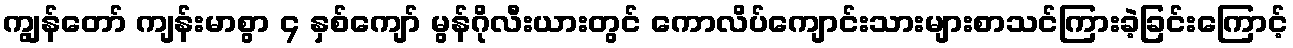
ကျွန်တော် ကျန်းမာစွာ ၄ နှစ်ကျော် မွန်ဂိုလီးယားတွင် ကောလိပ်ကျောင်းသားများစာသင်ကြားခဲ့ခြင်းကြောင့်